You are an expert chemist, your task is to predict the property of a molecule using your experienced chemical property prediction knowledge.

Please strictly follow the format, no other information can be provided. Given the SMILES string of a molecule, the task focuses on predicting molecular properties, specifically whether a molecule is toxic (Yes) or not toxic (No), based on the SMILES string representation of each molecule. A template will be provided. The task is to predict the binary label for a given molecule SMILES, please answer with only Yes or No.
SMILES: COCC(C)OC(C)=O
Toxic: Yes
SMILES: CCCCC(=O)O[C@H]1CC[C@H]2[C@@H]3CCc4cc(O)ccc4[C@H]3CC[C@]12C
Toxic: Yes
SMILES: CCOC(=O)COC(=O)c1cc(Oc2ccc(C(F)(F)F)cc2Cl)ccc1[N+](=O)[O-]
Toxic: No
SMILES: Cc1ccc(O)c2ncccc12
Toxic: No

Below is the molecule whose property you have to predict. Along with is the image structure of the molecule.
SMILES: Cc1[nH]c(=O)c(C#N)cc1-c1ccc2nccn2c1
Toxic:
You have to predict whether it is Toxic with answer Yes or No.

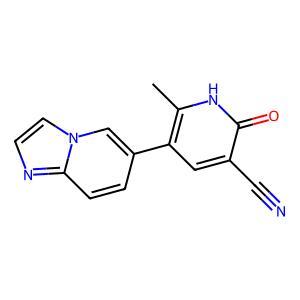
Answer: No